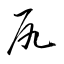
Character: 尻